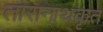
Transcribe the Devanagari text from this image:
तारानाथकृत